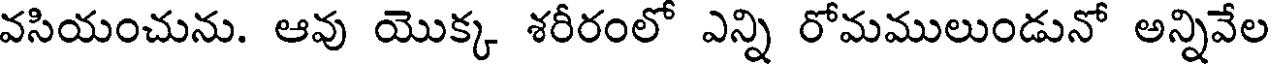
వసియంచును. ఆవు యొక్క శరీరంలో ఎన్ని రోమములుండునో అన్నివేల